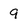
Character: 9